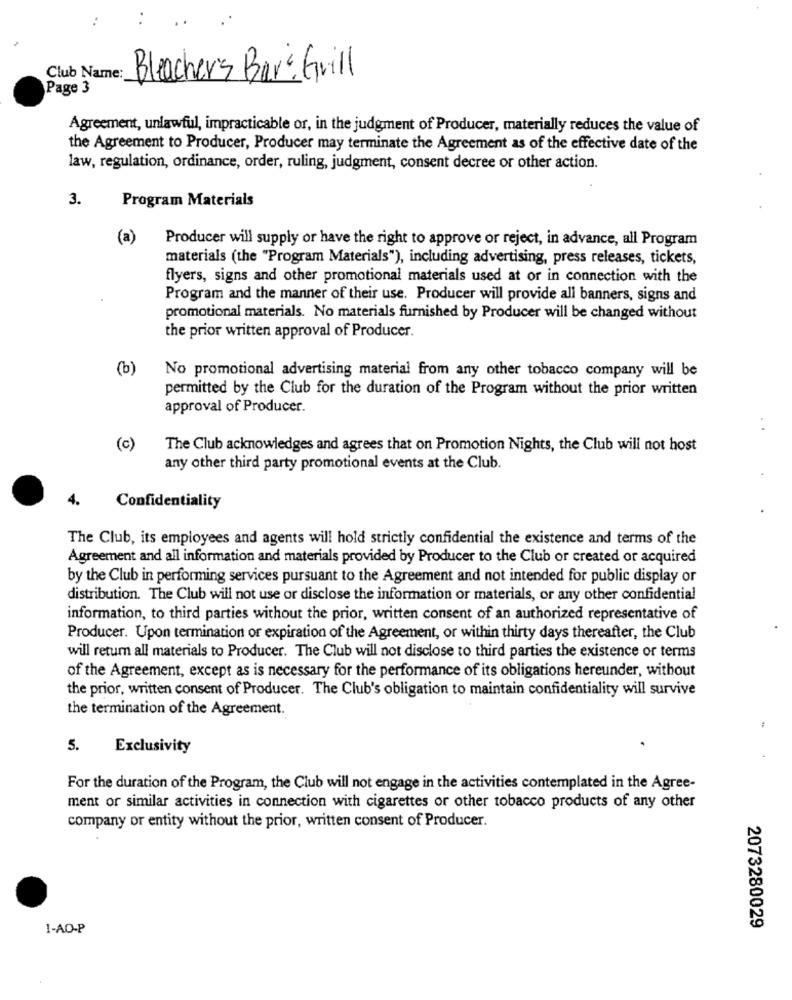
Club Name:
Bleacher's Bar & Grill
Page 3
Agreement, unlawful, impracticable or, in the judgment of Producer, materially reduces the value of
the Agreement to Producer, Producer may terminate the Agreement as of the effective date of the
law, regulation, ordinance, order, ruling, judgment, consent decree or other action.
3.
Program Materials
(a)
Producer will supply or have the right to approve or reject, in advance, all Program
materials (the "Program Materials"), including advertising, press releases, tickets,
flyers, signs and other promotional materials used at or in connection with the
Program and the manner of their use. Producer will provide all banners, signs and
promotional materials. No materials furnished by Producer will be changed without
the prior written approval of Producer.
(b)
No promotional advertising material from any other tobacco company will be
permitted by the Club for the duration of the Program without the prior written
approval of Producer.
(c)
The Club acknowledges and agrees that on Promotion Nights, the Club will not host
any other third party promotional events at the Club.
4.
Confidentiality
The Club, its employees and agents will hold strictly confidential the existence and terms of the
Agreement and all information and materials provided by Producer to the Club or created or acquired
by the Club in performing services pursuant to the Agreement and not intended for public display or
distribution. The Club will not use or disclose the information or materials, or any other confidential
information, to third parties without the prior, written consent of an authorized representative of
Producer. Upon termination or expiration of the Agreement, or within thirty days thereafter, the Club
will return all materials to Producer. The Club will not disclose to third parties the existence or terms
of the Agreement, except as is necessary for the performance of its obligations hereunder, without
the prior, written consent of Producer. The Club's obligation to maintain confidentiality will survive
the termination of the Agreement.
5.
Exclusivity
For the duration of the Program, the Club will not engage in the activities contemplated in the Agree-
ment or similar activities in connection with cigarettes or other tobacco products of any other
company or entity without the prior, written consent of Producer.
1-AO-P
2073280029